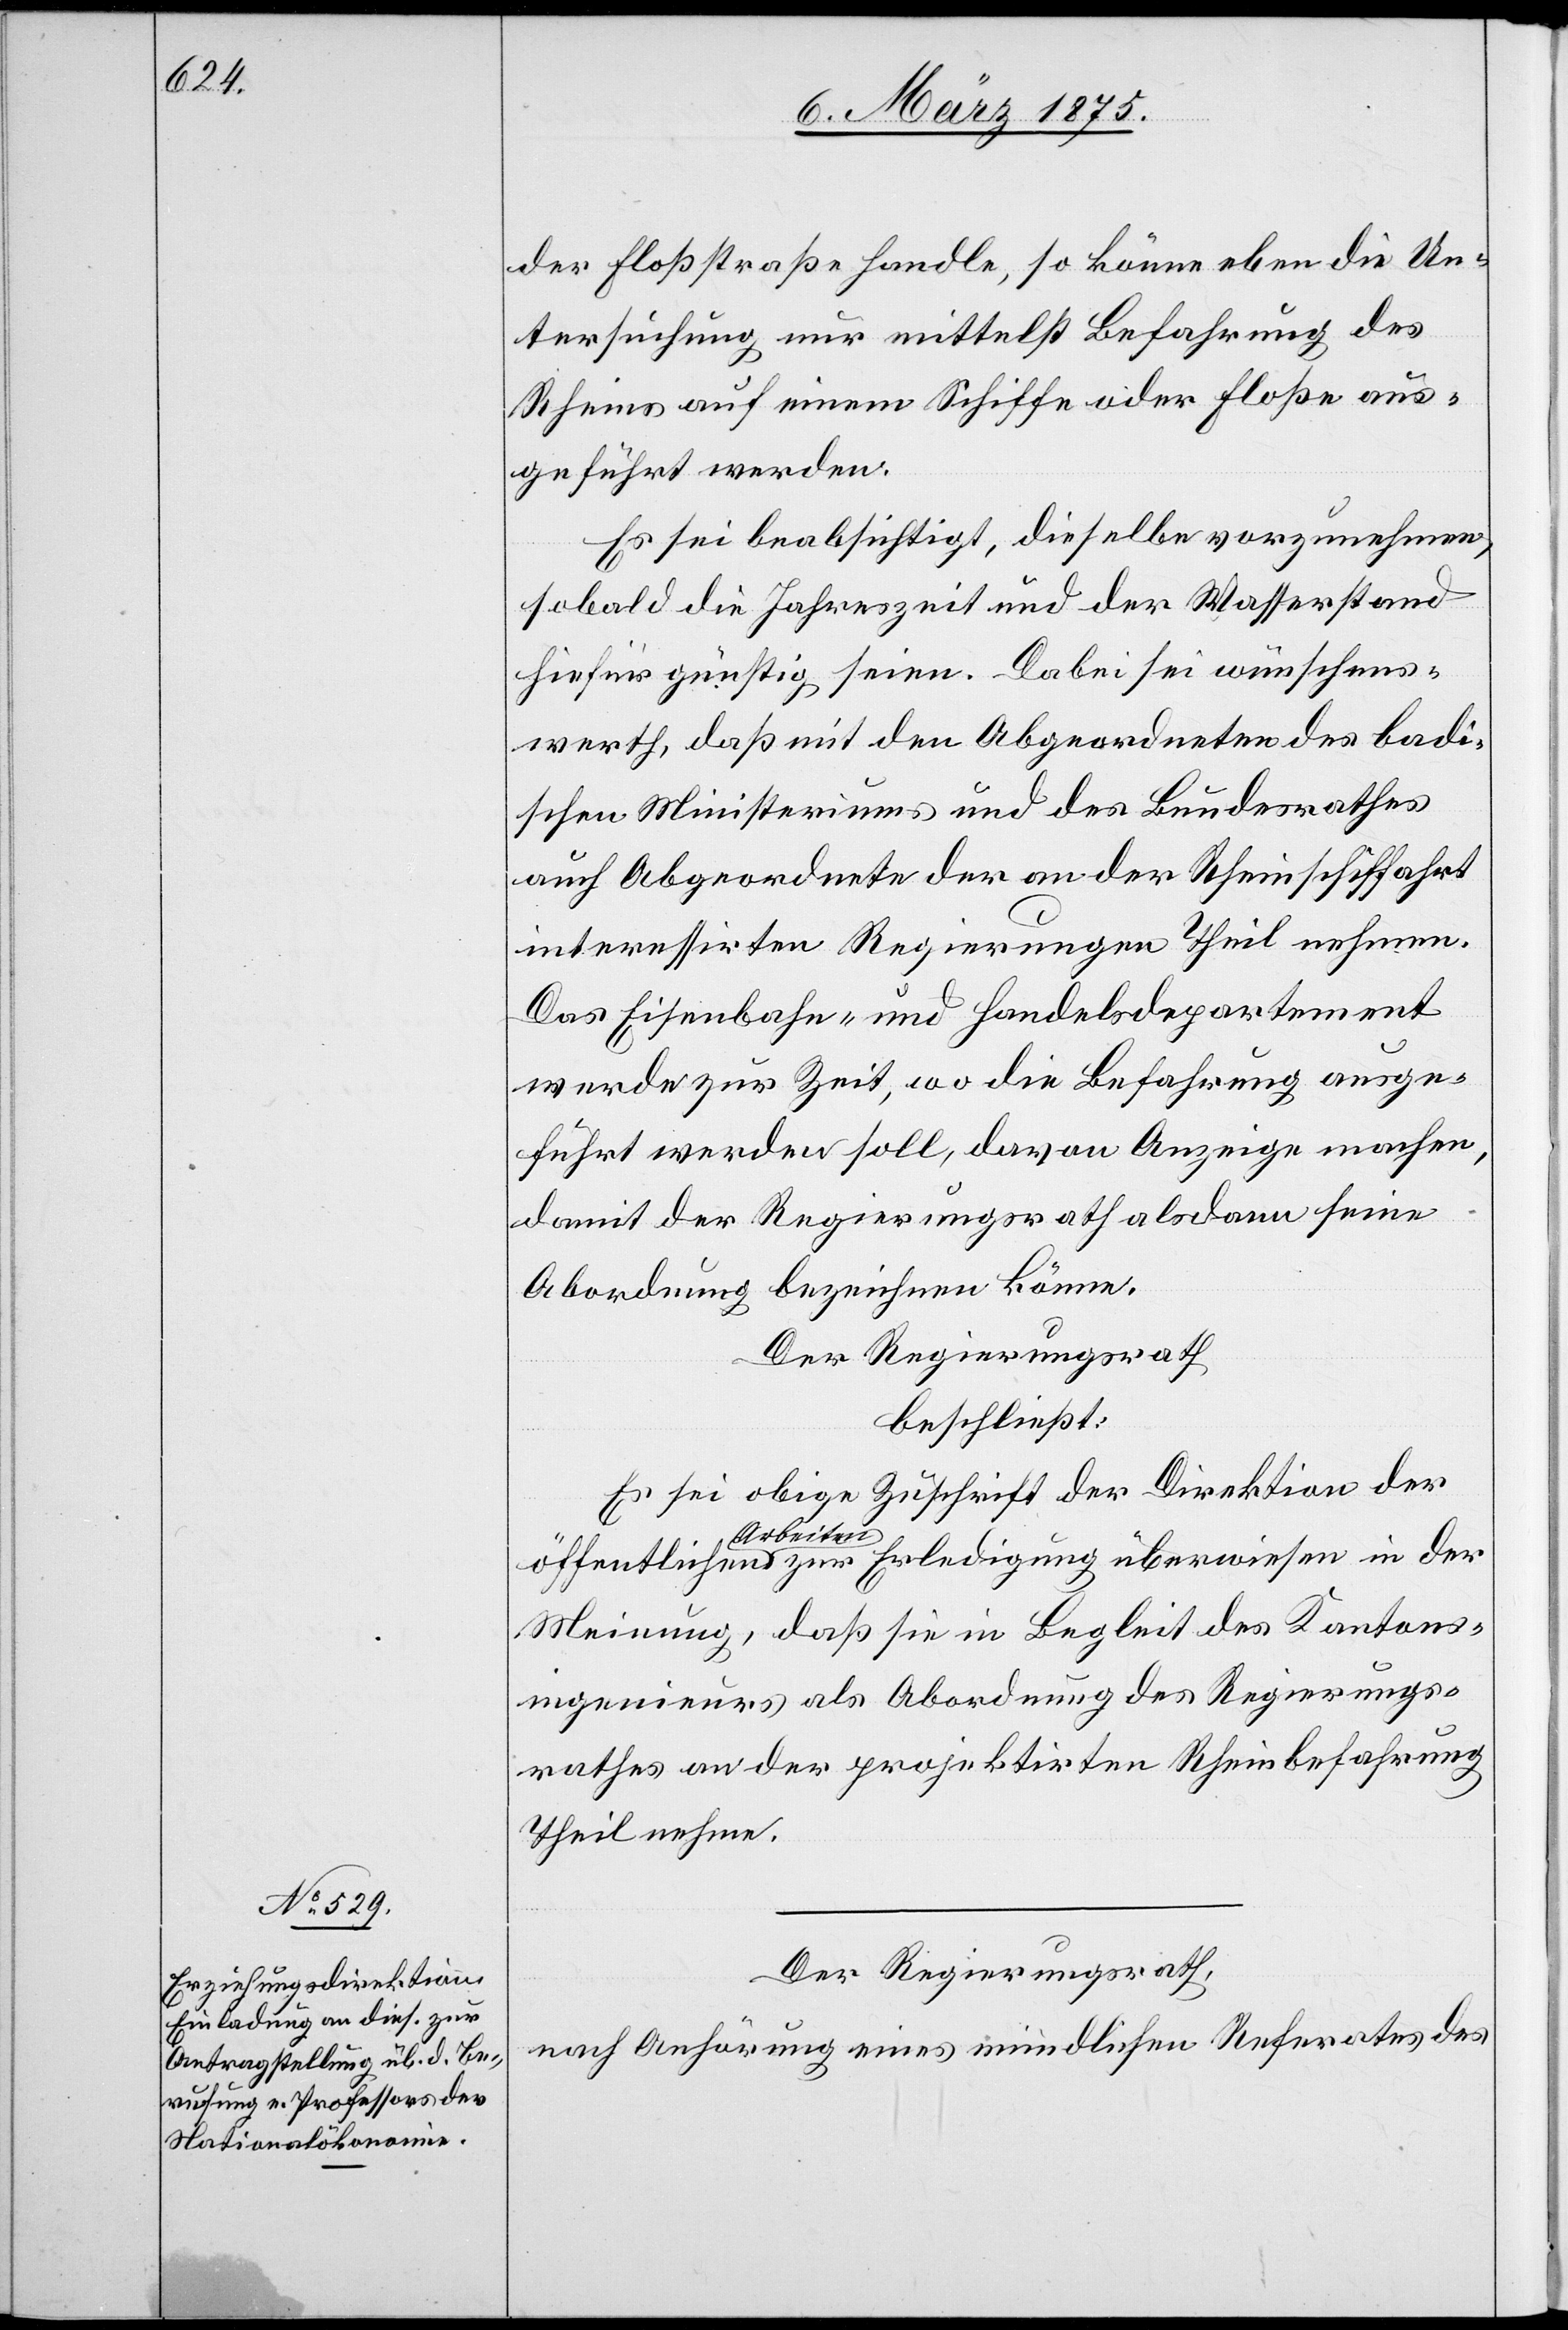
der Floßstraße handle, so könne aber die Un¬
tersuchung nur mittelst Befahrung des
Rheins auf einem Schiffe oder Floße aus¬
geführt werden.
Es sei beabsichtigt, dieselbe vorzunehmen,
sobald die Jahreszeit und der Wasserstand
hiefür günstig seien. Dabei sei wünschens¬
werth, daß mit den Abgeordneten des badi¬
schen Ministeriums und des Bundesrathes
auch Abgeordnete der an der Rheinschiffahrt
interessirten Regierungen Theil nehmen.
Das Eisenbahn- und Handelsdepartement
werde zur Zeit, wo die Befahrung ausge¬
führt werden soll, davon Anzeige machen,
damit der Regierungsrath alsdann seine
Abordnung bezeichnen könne.
Der Regierungsrath
beschließt:
Es sei obige Zuschrift der Direktion der
a-Arbeiten-a
Meinung, daß sie in Begleit des Kantons¬
ingenieurs als Abordnung des Regierungs¬
rathes an der projektierten Rheinbefahrung
Theil nehme.
Der Regierungsrath,
nach Anführung eines mündlichen Referates des